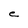
Character: e